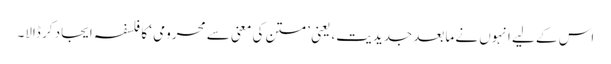
اس کے لیے انہوں نے مابعد جدیدیت، یعنی ’متن کی معنی سے محرومی ‘ کا فلسفہ ایجاد کر ڈالا۔